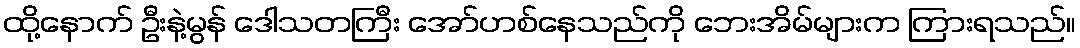
ထို့နောက် ဦးနဲ့မွန် ဒေါသတကြီး အော်ဟစ်နေသည်ကို ဘေးအိမ်များက ကြားရသည်။